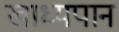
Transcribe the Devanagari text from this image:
खाध्यपान